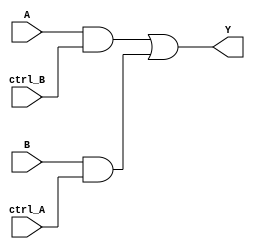
module xor_gate(
    input A,
    input B,
    input ctrl_A,
    input ctrl_B,
    output Y
);

wire not_A, not_B;

assign not_A = ~A;
assign not_B = ~B;

// Transmission gates
assign Y = (A & ctrl_B) | (B & ctrl_A);

endmodule